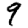
Digit: 9